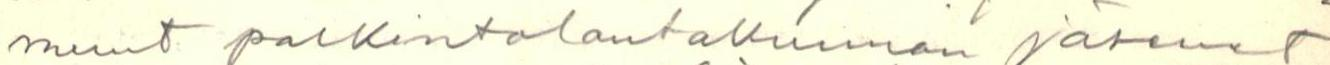
muut palkintolautakunnan jäsenet